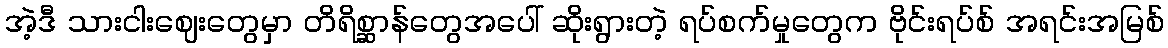
အဲ့ဒီ သားငါးဈေးတွေမှာ တိရိစ္ဆာန်တွေအပေါ် ဆိုးရွားတဲ့ ရပ်စက်မှုတွေက ဗိုင်းရပ်စ် အရင်းအမြစ်